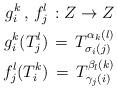
LaTeX: \begin{align*}g_i^k\,,\, f_j^l\,: Z\rightarrow Z\\g_i^k(T_{j}^{l})\,=\, T_{\sigma_i(j)}^{\alpha_k(l)} \\f_j^l(T_{i}^{k})\,=\,T_{\gamma_j(i)}^{\beta_l(k)} \end{align*}